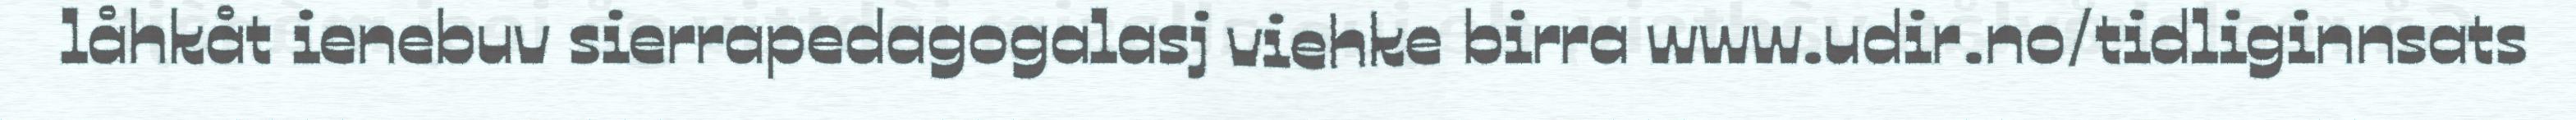
låhkåt ienebuv sierrapedagogalasj viehke birra www.udir.no/tidliginnsats